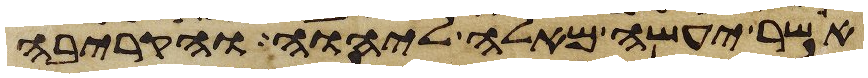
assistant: אשר יעשה מאלה ליהוה והקריבה